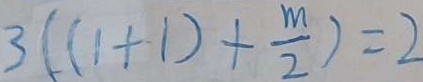
3 ( ( 1 + 1 ) + \frac { m } { 2 } ) = 2